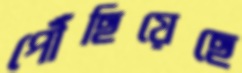
পৌঁছিয়েছে